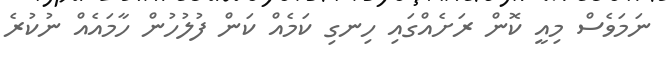
ނަމަވެސް މިއީ ކޮން ރަށެއްގައި ހިނގި ކަމެއް ކަން ފުލުހުން ހާމައެއް ނުކުރެ